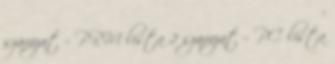
szavazat – PRM lista 2 szavazat – PC lista